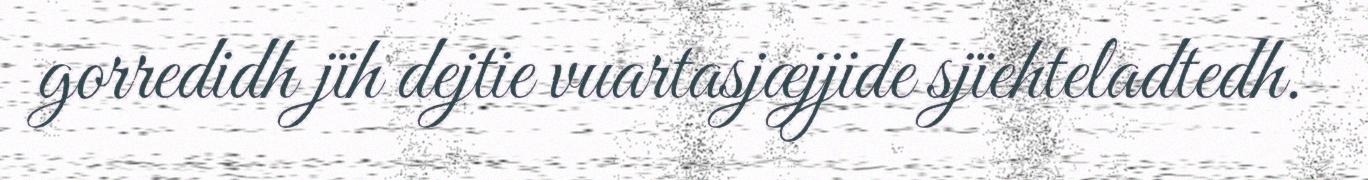
gorredidh jïh dejtie vuartasjæjjide sjïehteladtedh.